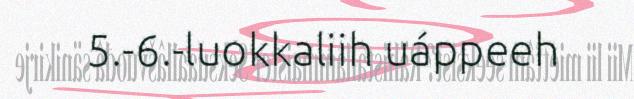
5.-6.-luokkaliih uáppeeh